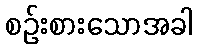
စဉ်းစားသောအခါ